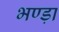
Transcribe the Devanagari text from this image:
भण्ड़ा